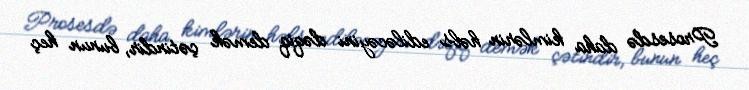
Prosesdə daha kimlərin həbs ediləcəyini dəqiq demək çətindir, bunun heç